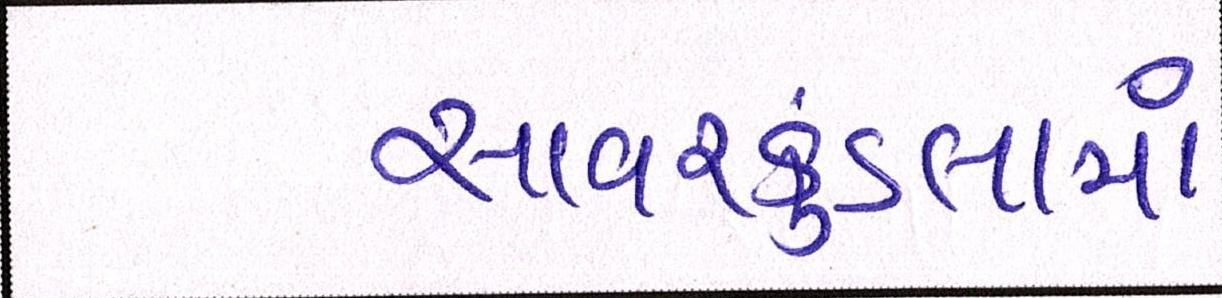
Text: સાવરકુંડલામાં